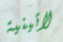
لاتينية